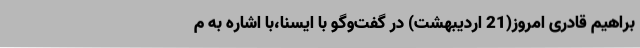
براهیم قادری امروز(21 اردیبهشت) در گفت‌وگو با ایسنا،با اشاره به م